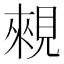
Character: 䚅